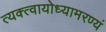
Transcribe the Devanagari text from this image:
त्यक्त्वायोध्यामरण्यं